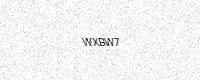
Text: WXBW7